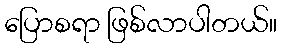
ပြောစရာ ဖြစ်လာပါတယ်။